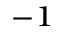
^ { - 1 }